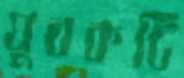
যুবকটি